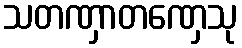
သတဏှာတဏှေသု